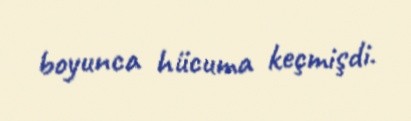
boyunca hücuma keçmişdi.